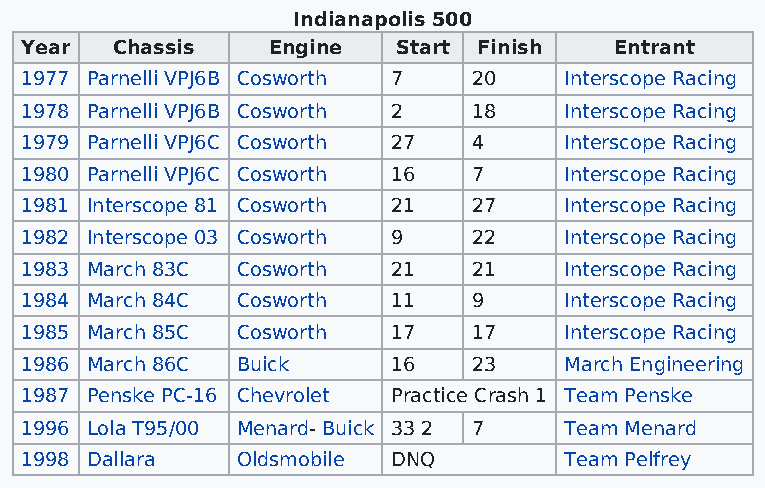
Indianapolis 500
 Year  Chassis    Engine  Start Finish   Entrant
 1977 Parnelli VPJ6B Cosworth 7 20   Interscope Racing
 1978 Parnelli VPJ6B Cosworth 2 18   Interscope Racing
 1979 Parnelli VPJ6C Cosworth 27 4   Interscope Racing
 1980 Parnelli VPJ6C Cosworth 16 7   Interscope Racing
 1981 Interscope 81 Cosworth 21 27   Interscope Racing
 1982 Interscope 03 Cosworth 9 22    Interscope Racing
 1983 March 83C Cosworth  21   21    Interscope Racing
 1984 March 84C Cosworth  11   9     Interscope Racing
 1985 March 85C Cosworth  17   17    Interscope Racing
 1986 March 86C Buick     16   23    March Engineering
 1987 Penske PC-16 Chevrolet Practice Crash 1 Team Penske
 1996 Lola T95/00 Menard- Buick 33 2 7 Team Menard
 1998 Dallara   Oldsmobile DNQ       Team Pelfrey